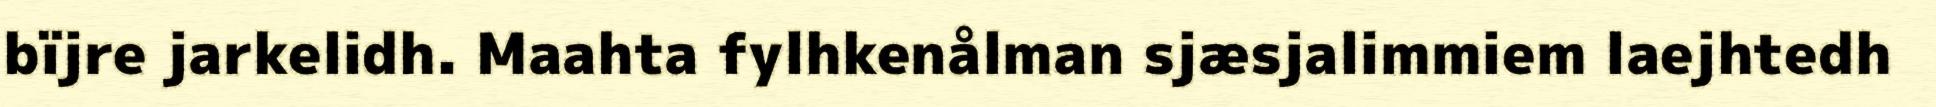
bïjre jarkelidh. Maahta fylhkenålman sjæsjalimmiem laejhtedh